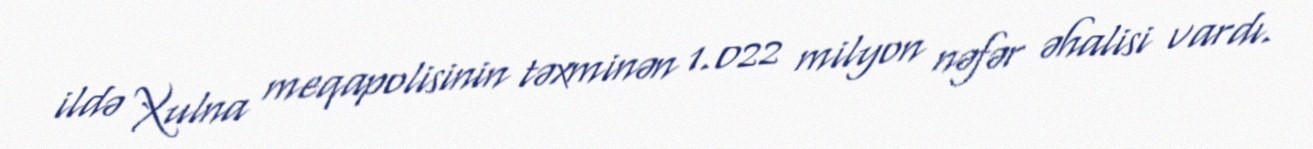
ildə Xulna meqapolisinin təxminən 1.022 milyon nəfər əhalisi vardı.